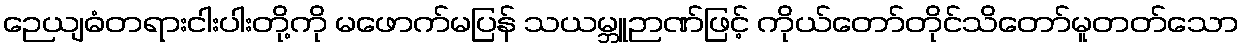
ဉေယျဓံတရားငါးပါးတို့ကို မဖောက်မပြန် သယမ္ဘူဉာဏ်ဖြင့် ကိုယ်တော်တိုင်သိတော်မူတတ်သော